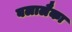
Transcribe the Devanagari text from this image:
बलालैका